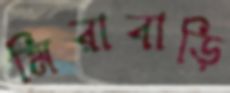
মিরাবাড়ি